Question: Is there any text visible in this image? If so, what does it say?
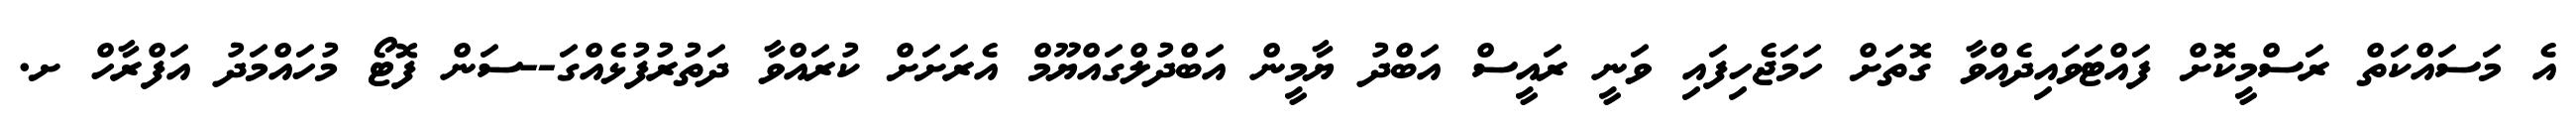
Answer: އެ މަސައްކަތް ރަސްމީކޮށް ފައްޓަވައިދެއްވާ ގޮތަށް ހަމަޖެހިފައި ވަނީ ރައީސް އަބްދު ޔާމީން އަބްދުލްގައްޔޫމް އެރަށަށް ކުރައްވާ ދަތުރުފުޅެއްގަ--ސަން ފޮޓޯ މުހައްމަދު އަފްރާހް ށ.